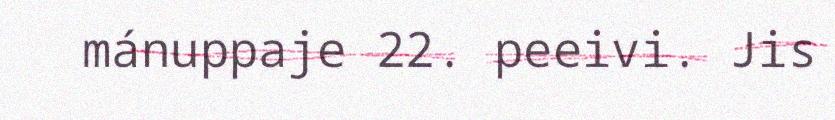
mánuppaje 22. peeivi. Jis